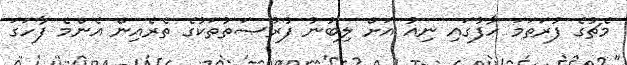
މެޗުގެ ފުރަތަމަ ހާފުގައި ނިއު އަށް ލިބުނު ފުރުޞަތުތަކުގެ ތެރެއިން އެންމެ ފާހަގަ